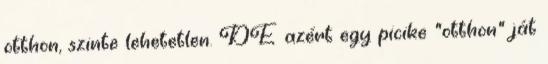
otthon, szinte lehetetlen. DE azért egy picike "otthon" ját